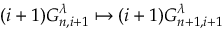
( i + 1 ) G _ { n , i + 1 } ^ { \lambda } \mapsto ( i + 1 ) G _ { n + 1 , i + 1 } ^ { \lambda }